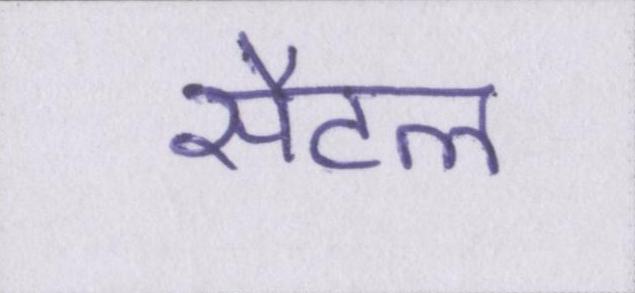
सैटल